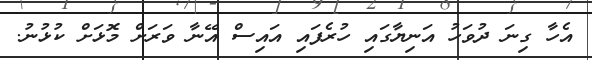
އެހާ ގިނަ ދުވަހު އަނިޔާގައި ހުރެފައި އައިސް އޭނާ ވަރަށް މޮޅަށް ކުޅުނު.